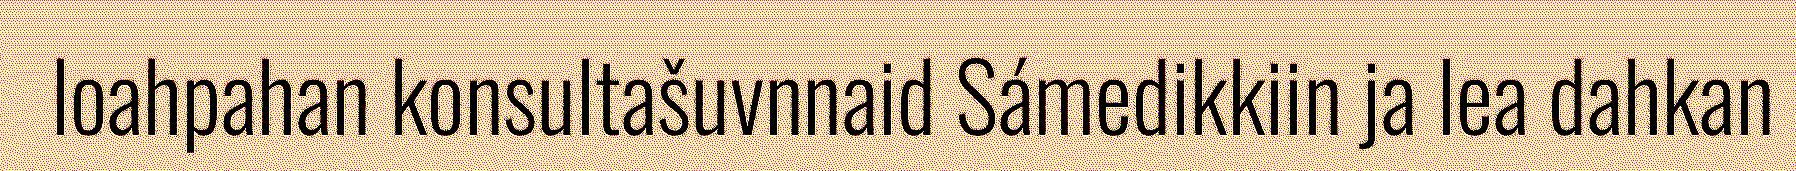
loahpahan konsultašuvnnaid Sámedikkiin ja lea dahkan